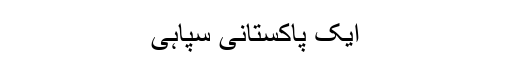
ایک پاکستانی سپاہی